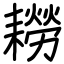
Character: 耮